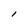
Character: l